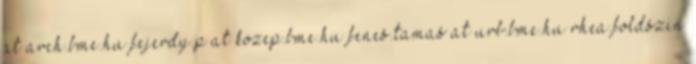
at arch.bme.hu fejerdy.p at kozep.bme.hu fenes.tamas at urb.bme.hu rhea.foldszin